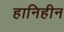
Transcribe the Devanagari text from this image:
हानिहीन